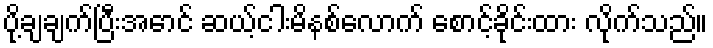
ပို့ချချက်ပြီးအောင် ဆယ့်ငါးမိနစ်လောက် စောင့်ခိုင်းထား လိုက်သည်။